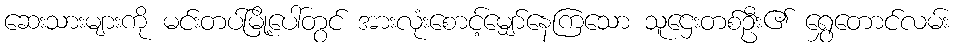
ဆေးသားများကို မင်းတပ်မြို့ပေါ်တွင် အားလုံးစောင့်မျှော်နေကြသော သူဌေးတစ်ဦး၏ ရွှေတောင်လမ်း